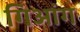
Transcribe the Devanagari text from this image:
गिआंग